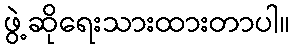
ဖွဲ့ဆိုရေးသားထားတာပါ။